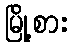
မြို့စား